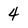
Character: 4